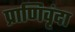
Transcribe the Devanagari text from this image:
प्राणिवृंदा